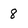
Character: 8